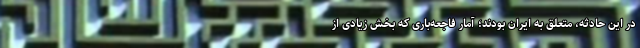
در این حادثه، متعلق به ایران بودند؛ آمار فاجعه‌باری که بخش زیادی از